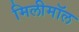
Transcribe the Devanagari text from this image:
मिलीमॉल